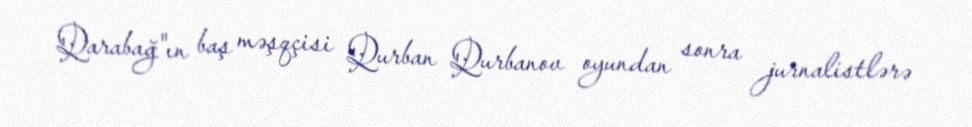
Qarabağ"ın baş məşqçisi Qurban Qurbanov oyundan sonra jurnalistlərə